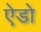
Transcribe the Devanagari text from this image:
ऐडो